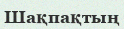
Шақпақтың